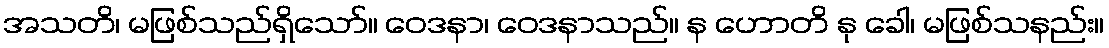
အသတိ၊ မဖြစ်သည်ရှိသော်။ ဝေဒနာ၊ ဝေဒနာသည်။ န ဟောတိ နု ခေါ၊ မဖြစ်သနည်း။